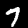
Label: 7